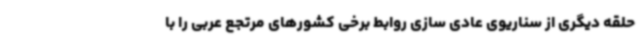
حلقه دیگری از سناریوی عادی سازی روابط برخی کشورهای مرتجع عربی را با